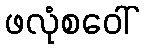
ဖလုံစဝေါ်